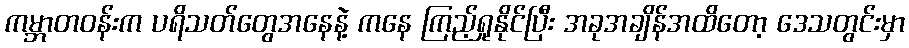
ကမ္ဘာတဝန်းက ပရိသတ်တွေအနေနဲ့ ကနေ ကြည့်ရှုနိုင်ပြီး အခုအချိန်အထိတော့ ဒေသတွင်းမှာ